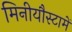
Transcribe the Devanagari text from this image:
मिनीयौस्टामें